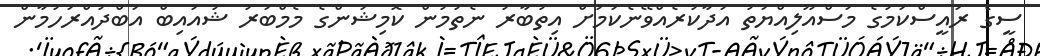
ސީގެ ރައީސްކަމުގެ މަސްއޫލިއްޔަތު އަދާކުރެއްވޭނެކަމަށް އިތުބާރު ނެތުމުން ކޮމިޝަންގެ މެމްބަރު ޝުއައިބް އަބްދުއްރަހުމާން